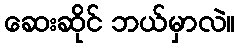
ဆေးဆိုင် ဘယ်မှာလဲ။